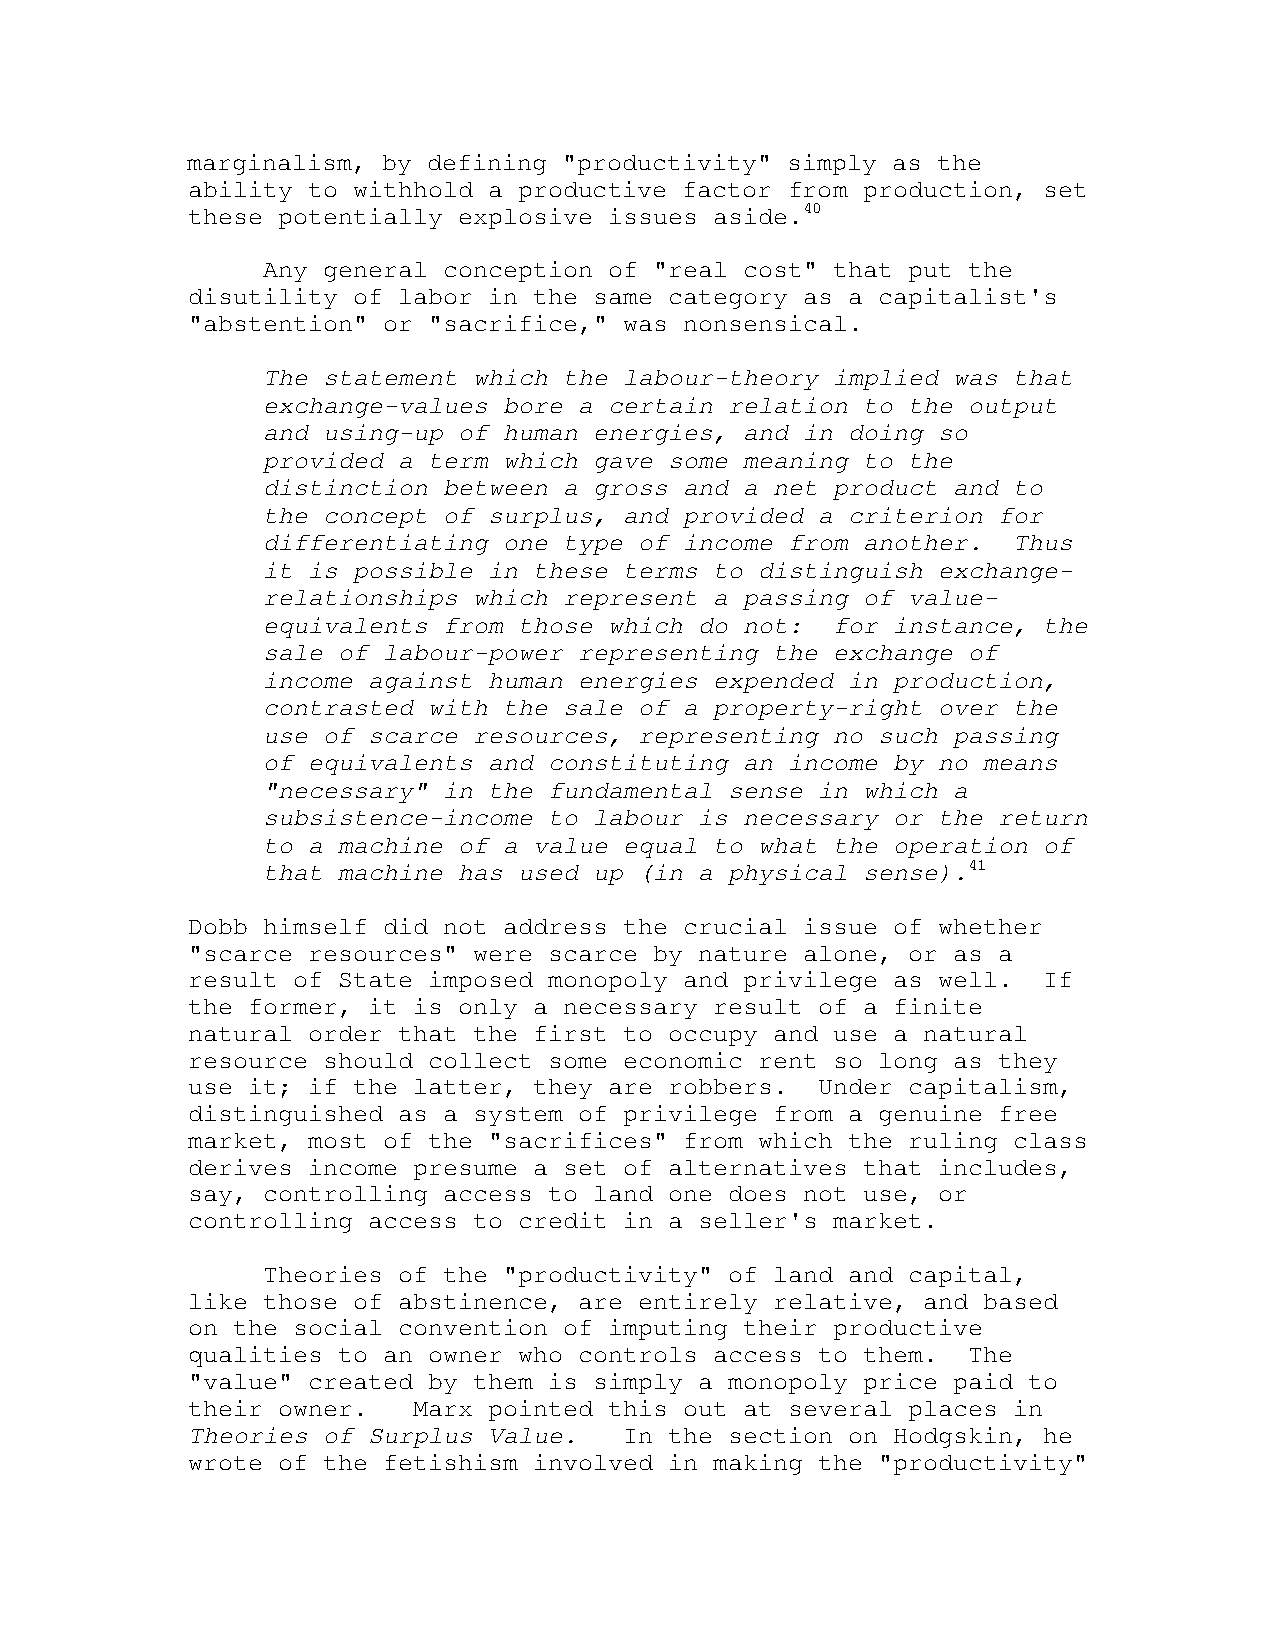
marginalism, by defining "productivity" simply as the
 ability to withhold a productive factor from production, set
 these potentially explosive issues aside.40
 Any general conception of "real cost" that put the
 disutility of labor in the same category as a capitalist's
 "abstention" or "sacrifice," was nonsensical.
 The statement which the labour-theory implied was that
 exchange-values bore a certain relation to the output
 and using-up of human energies, and in doing so
 provided a term which gave some meaning to the
 distinction between a gross and a net product and to
 the concept of surplus, and provided a criterion for
 differentiating one type of income from another.  Thus
 it is possible in these terms to distinguish exchange-
 relationships which represent a passing of value-
 equivalents from those which do not:  for instance, the
 sale of labour-power representing the exchange of
 income against human energies expended in production,
 contrasted with the sale of a property-right over the
 use of scarce resources, representing no such passing
 of equivalents and constituting an income by no means
 "necessary" in the fundamental sense in which a
 subsistence-income to labour is necessary or the return
 to a machine of a value equal to what the operation of
 that machine has used up (in a physical sense).41
 Dobb himself did not address the crucial issue of whether
 "scarce resources" were scarce by nature alone, or as a
 result of State imposed monopoly and privilege as well.  If
 the former, it is only a necessary result of a finite
 natural order that the first to occupy and use a natural
 resource should collect some economic rent so long as they
 use it; if the latter, they are robbers.  Under capitalism,
 distinguished as a system of privilege from a genuine free
 market, most of the "sacrifices" from which the ruling class
 derives income presume a set of alternatives that includes,
 say, controlling access to land one does not use, or
 controlling access to credit in a seller's market.
 Theories of the "productivity" of land and capital,
 like those of abstinence, are entirely relative, and based
 on the social convention of imputing their productive
 qualities to an owner who controls access to them.  The
 "value" created by them is simply a monopoly price paid to
 their owner.   Marx pointed this out at several places in
 Theories of Surplus Value.   In the section on Hodgskin, he
 wrote of the fetishism involved in making the "productivity"